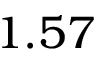
1 . 5 7